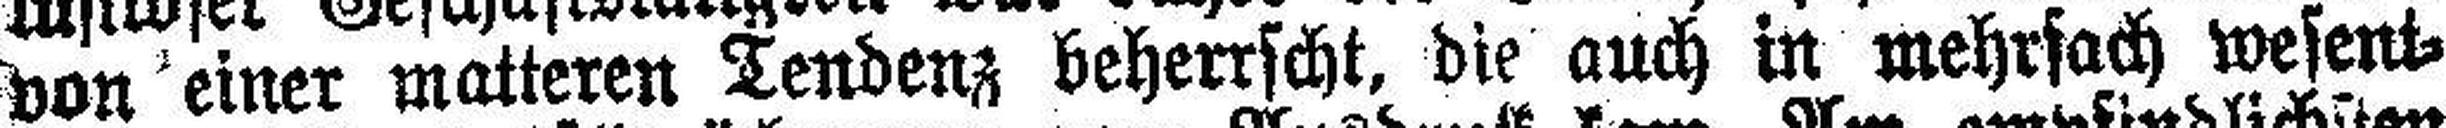
von einer matteren Tendenz beherrscht, die auch in mehrfach wesent¬